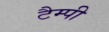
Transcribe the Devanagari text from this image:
टैम्पी